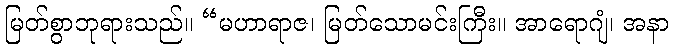
မြတ်စွာဘုရားသည်။ “မဟာရာဇ၊ မြတ်သောမင်းကြီး။ အာရောဂျံ၊ အနာ